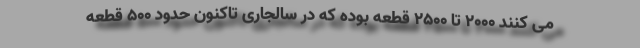
می کنند ۲۰۰۰ تا ۲۵۰۰ قطعه بوده که در سالجاری تاکنون حدود ۵۰۰ قطعه